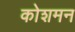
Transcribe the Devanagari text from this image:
कोशमन